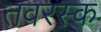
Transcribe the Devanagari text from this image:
तवरस्क